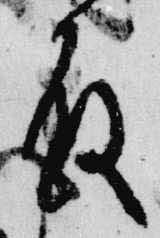
殿